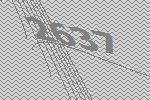
2637